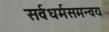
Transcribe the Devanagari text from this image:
सर्वधर्मसमन्वय